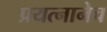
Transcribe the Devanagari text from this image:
प्रयत्नानेच